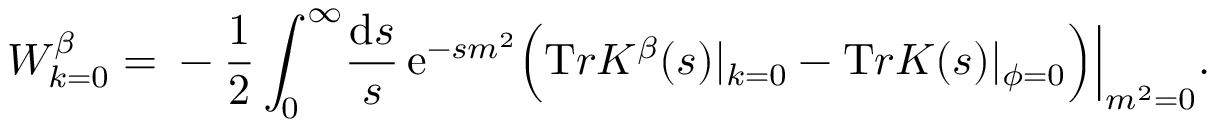
W _ { k = 0 } ^ { \beta } = \mathrm { } - \frac 1 2 \int _ { 0 } ^ { \infty } \! \frac { { \mathrm { d } } s } { s } \, { \mathrm e } ^ { - s m ^ { 2 } } \Big ( { \mathrm T r } { K } ^ { \beta } ( s ) | _ { k = 0 } - { \mathrm T r } K ( s ) | _ { \phi = 0 } \Big ) \Big | _ { m ^ { 2 } = 0 } .